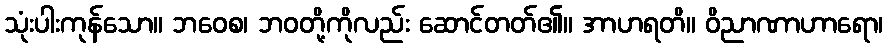
သုံးပါးကုန်သော။ ဘဝေစ၊ ဘဝတို့ကိုလည်း ဆောင်တတ်၏။ အာဟရတိ။ ဝိညာဏာဟာရော၊